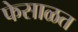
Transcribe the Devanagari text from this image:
फेसाळत